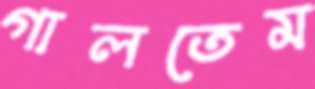
গালতেম